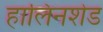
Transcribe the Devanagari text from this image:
हालिनशेड